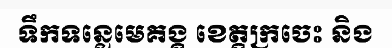
ទឹកទន្លេមេគង្គ ខេត្តក្រចេះ និង